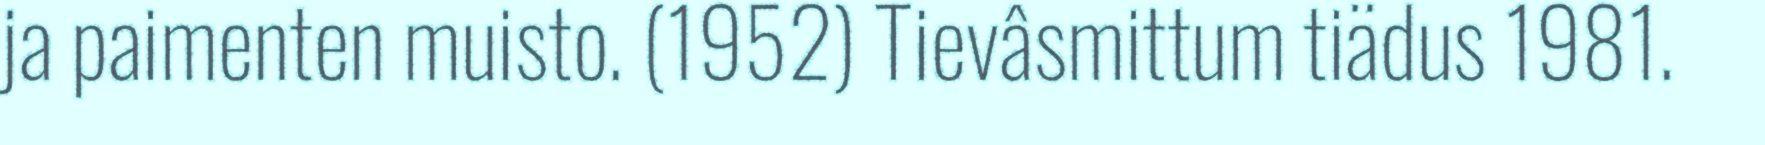
ja paimenten muisto. (1952) Tievâsmittum tiädus 1981.